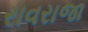
રાવરાજા